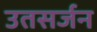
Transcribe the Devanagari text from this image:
उतसर्जन